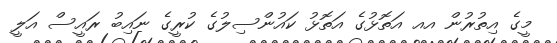
މީގެ އިތުރުން އއ އަތޮޅުގެ އަތޮޅު ކައުންސިލުގެ ކުރީގެ ނައިބު ރައީސް އަލީ